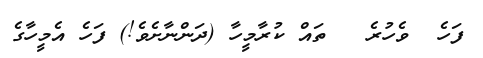
ފަހެ  ވެހުރެ   ތައް ކުރާމީހާ (ދަންނާށެވެ!) ފަހެ އެމީހާގެ